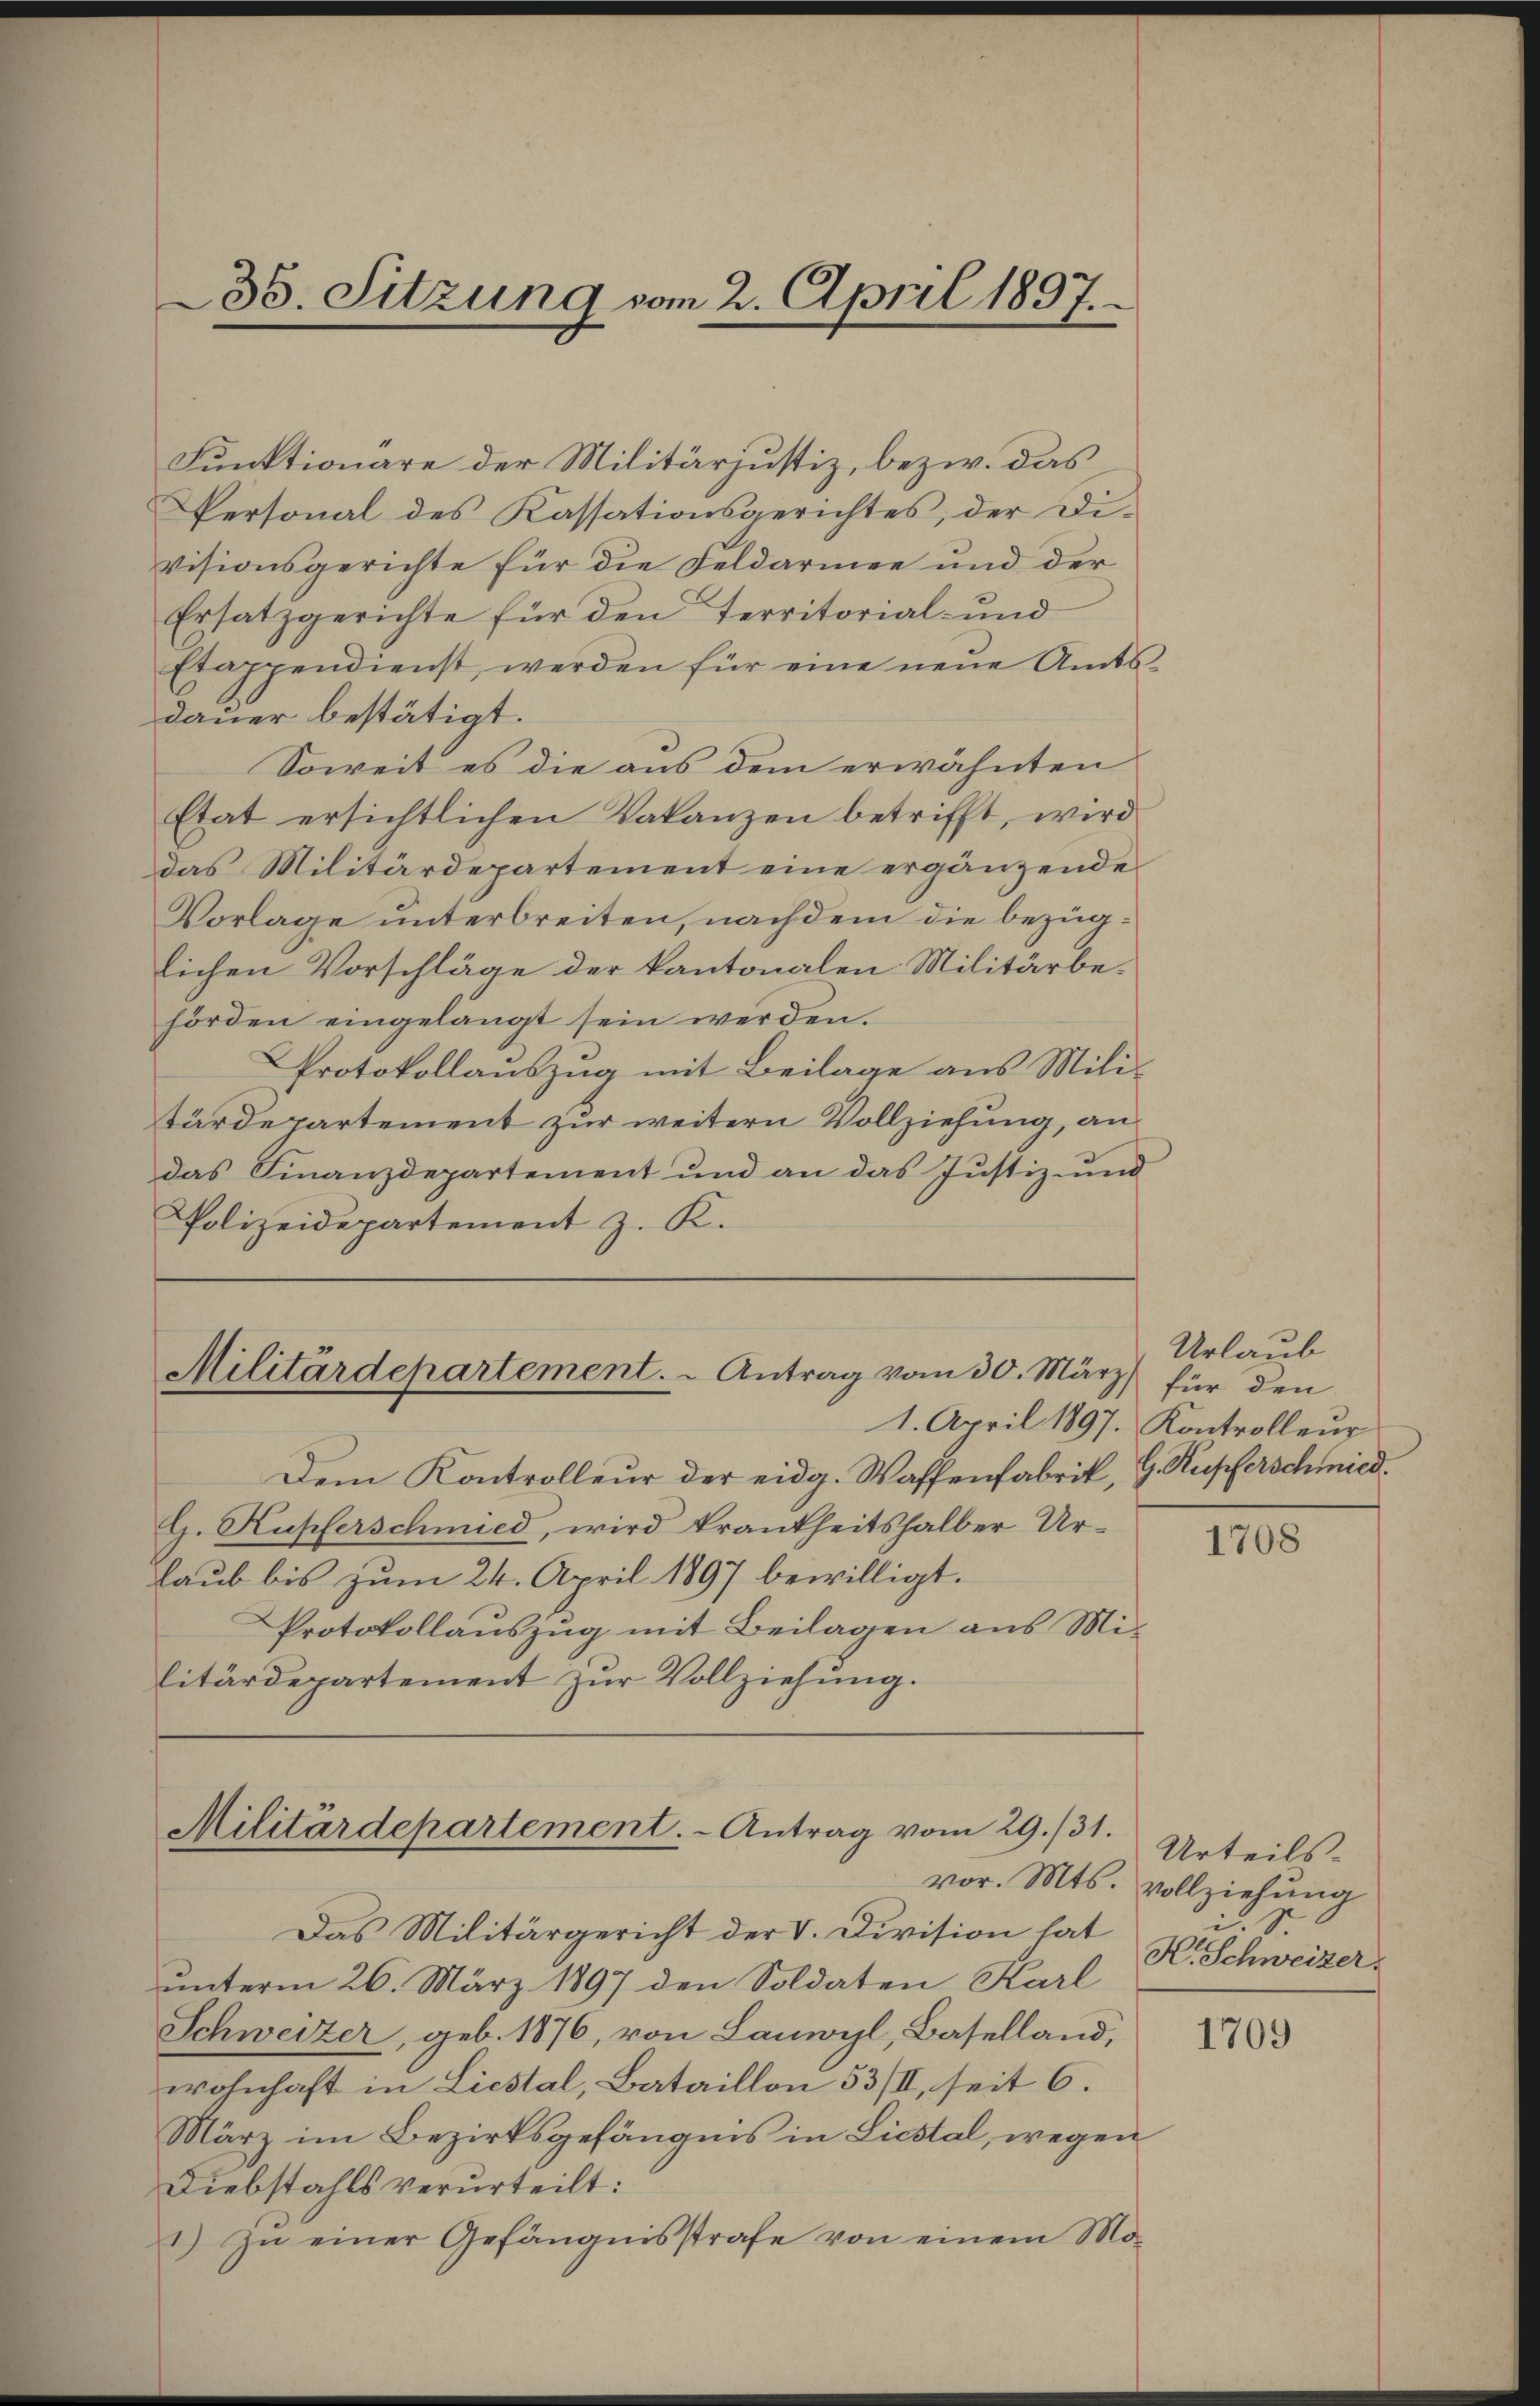
Funktionare der Militärjustiz, bezw. das
Personal des Kassationsgerichtes, der Divisionsgerichte für die Feldarmen und der
Ersatzgerichte für den Territorial- und
Etappendienst werden für eine neŭe Amts-
dauer bestätigt.
Soweit es die aus dem erwähnten
Etat ersichtlichen Vakanzen betrifft, wird
das Militärdepartement eine ergänzende
Vorlage unterbreiten, nachdem die bezüglichen Vorschläge der kantonalen Militärbehörden eingelangt sein werden.
Protokollauszug mit Beilage aus Mili-
tärdepartement zur weitern Vollziehung, an
das Finanzdepartement und an das Justiz- und
Polizeidepartement z. K.

35. Sitzung vom 2. April 1897.

Militärdepartement. - Antrag vom 30. März)

Dem Kontrolleur der eidg. Waffenfabrik, G. Kupferschmied,
G. Kupferschmied, wird krankheitshalber Urlaub bis zum 24. April 1897 bewilligt.
Protokollauszug mit Beilagen aus Militärdepartement zur Vollziehung.

Militärdepartement. - Antrag vom 29./31.

Das Militärgericht der V. Division hat
unterm 26. März 1897 den Soldaten Karl
Schweizer, geb. 1876, von Lanwyl, Baselland,
wohnhaft in Liestal, Bataillon 53/II, seit 6.
März im Bezirksgefängnis in Licstal, wegen
Diebstahls verurteilt:
1) Zu einer Gefängnisstrafe von einem Mo-

Urlaub
für den
1. April 1897. Kontrolleur

1708

Urteils-
vor. Mts. vollziehung
u. S.
K. Schweizer.

1709